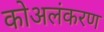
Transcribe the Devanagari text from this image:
कोअलंकरण